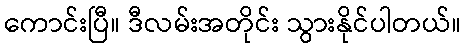
ကောင်းပြီ။ ဒီလမ်းအတိုင်း သွားနိုင်ပါတယ်။